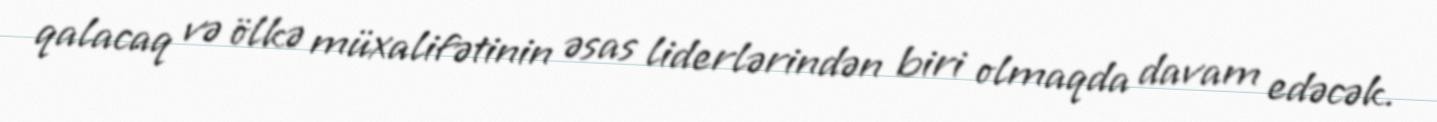
qalacaq və ölkə müxalifətinin əsas liderlərindən biri olmaqda davam edəcək.